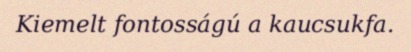
Kiemelt fontosságú a kaucsukfa.